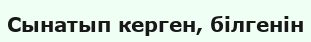
Сынатып керген, білгенін